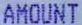
AMOUNT